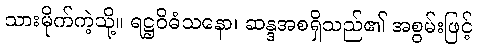
သားမိုက်ကဲ့သို့။ ရဋ္ဌဝိဓံသနော၊ ဆန္ဒအစရှိသည်၏ အစွမ်းဖြင့်